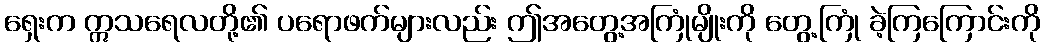
ရှေးက ဣသရေလတို့၏ ပရောဖက်များလည်း ဤအတွေ့အကြုံမျိုးကို တွေ့ကြုံ ခဲ့ကြကြောင်းကို